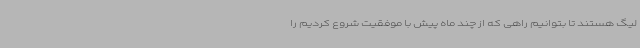
لیگ هستند تا بتوانیم راهی که از چند ماه پیش با موفقیت شروع کردیم را